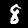
Label: 8